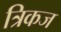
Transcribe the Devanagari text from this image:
त्रिकज